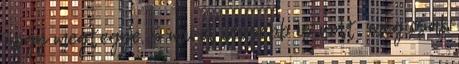
hogy megtegye. S mivel idősebb is volt. még csak